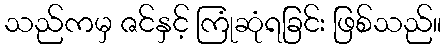
သည်ကမှ ဇင်နှင့် ကြုံဆုံရခြင်း ဖြစ်သည်။